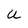
Character: U